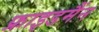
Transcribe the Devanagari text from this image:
फ्राइडमैंन